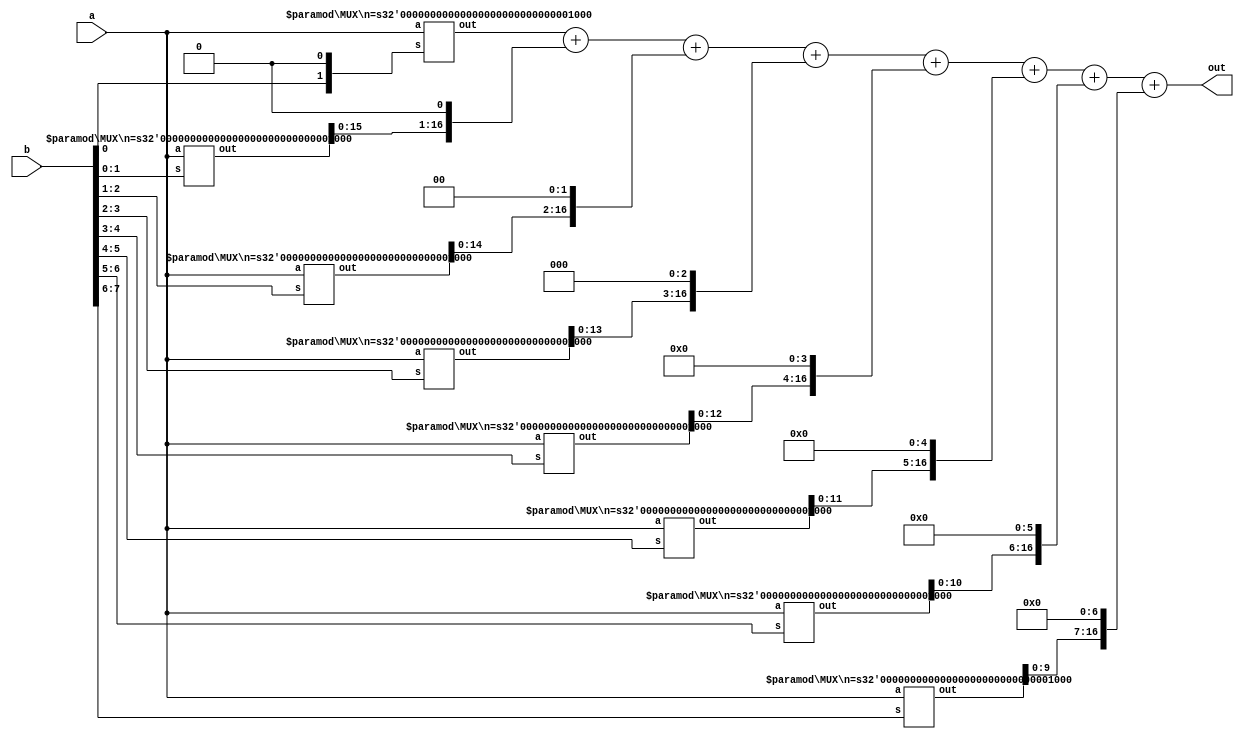
module Booth_Main #(parameter n=8)(out,a,b);

output [(2*n):0]out;
input [n:0]a,b;

wire [(2*n):0]w[n:0];
wire [n+1:0]q;
assign q = {b,1'b0};
assign out=w[0]+(w[1]<<1)+(w[2]<<2)+(w[3]<<3)+(w[4]<<4)+(w[5]<<5)+(w[6]<<6)+(w[7]<<7);
genvar i;
generate
for(i=0;i<=8;i=i+1)
begin
MUX #(.n(8))m1(w[i],a,q[i+1:i]);
end
endgenerate
endmodule

module MUX #(parameter n=8) (out,a,s);
output reg [(2*n):0]out;
input [n:0]a;
input [1:0]s;

always @ (a,s)
begin
case(s)
2'b00: out<=0;
2'b01: out<= a;
2'b10: out<= ~a+1;
2'b11: out<=0;
endcase
end
endmodule